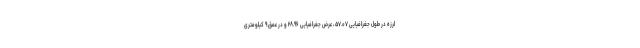
لرزه در طول جغرافیایی ۵۷.۰۷ ، عرض جغرافیایی ۲۸.۹۶ و در عمق ۹ کیلومتری